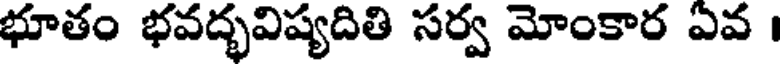
భూతం భవద్భవిష్యదితి సర్వ మోంకార ఎవ ।